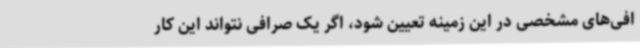
افی‌های مشخصی در این زمینه تعیین شود، اگر یک صرافی نتواند این کار